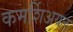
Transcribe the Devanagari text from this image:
कमर्शिअयल